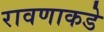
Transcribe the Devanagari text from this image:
रावणाकडे